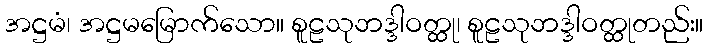
အဋ္ဌမံ၊ အဋ္ဌမမြောက်သော။ စူဠသုဘဒ္ဒါဝတ္ထု၊ စူဠသုဘဒ္ဒါဝတ္ထုတည်း။